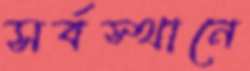
সর্বস্থানে